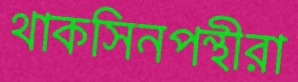
থাকসিনপন্থীরা